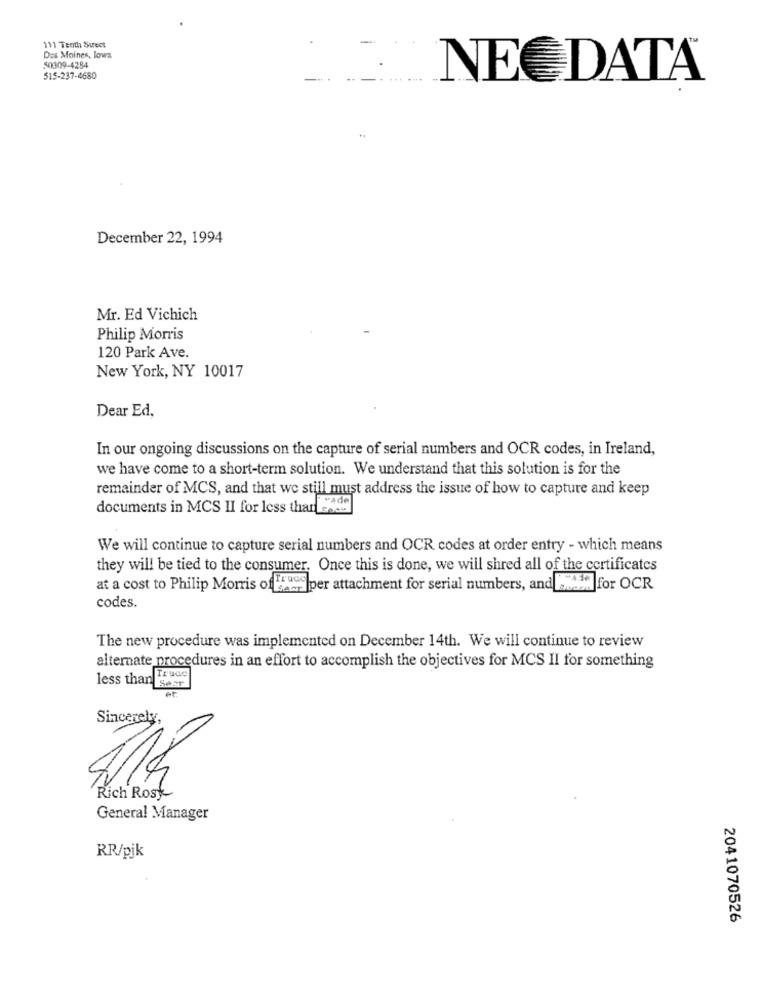
111 Tenth Street
-
Des Moines, lowa.
50309-4284
515-237-4680
NEC DATA
December 22, 1994
Mr. Ed Vichich
Philip Morris
120 Park Ave.
New York, NY 10017
Dear Ed,
In our ongoing discussions on the capture of serial numbers and OCR codes, in Ireland,
we have come to a short-term solution. We understand that this solution is for the
remainder of MCS, and that we still must address the issue of how to capture and keep
documents in MCS II for less than coes
We will continue to capture serial numbers and OCR codes at order entry - which means
they will be tied to the consumer. Once this is done, we will shred all of the certificates
at a cost to Philip Morris of Trucs per attachment for serial numbers, and added
WHEN for OCR
codes.
The new procedure was implemented on December 14th. We will continue to review
alternate procedures in an effort to accomplish the objectives for MCS II for something
less than seer
te pro
Sincerely
Rich Rosy
General Manager
RR/pjk
2041070526